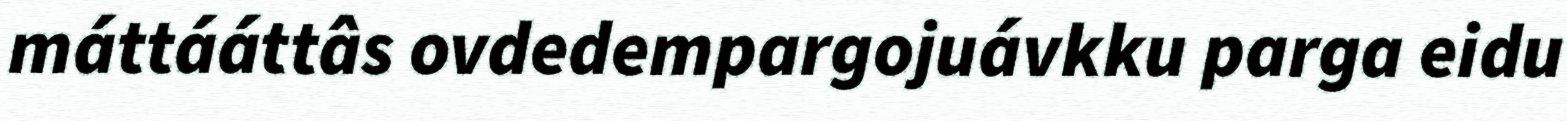
máttááttâs ovdedempargojuávkku parga eidu